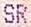
SR